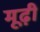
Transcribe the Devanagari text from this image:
मूढ़ी